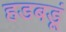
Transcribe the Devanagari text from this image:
हडबडूं